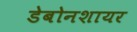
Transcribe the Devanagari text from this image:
डेबोनशायर